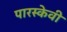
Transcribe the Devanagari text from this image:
पारस्केवी